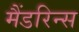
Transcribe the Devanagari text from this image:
मैंडरिन्स